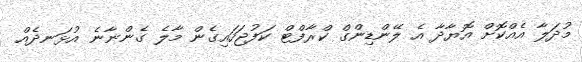
މުދަލާ އެއްކޮށް އޮޔާދާ އެ ލޭންޑިންގް ކްރާފްޓް ކަފުޖަހައިގެން މާލެ ގެންނާނެ އުޅަނދެއް